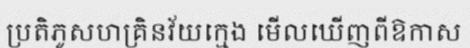
ប្រតិភូសហគ្រិនវ័យក្មេង មើលឃើញពីឱកាស